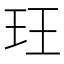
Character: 玨